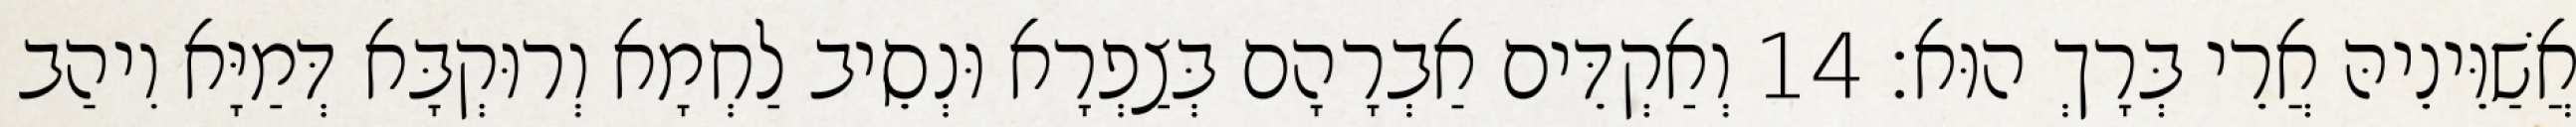
אֲשַׁוֵּינֵיהּ אֲרֵי בְּרָךְ הוּא׃ 14 וְאַקְדֵּים אַבְרָהָם בְּצַפְרָא וּנְסֵיב לַחְמָא וְרוּקְבָּא דְּמַיָּא וִיהַב